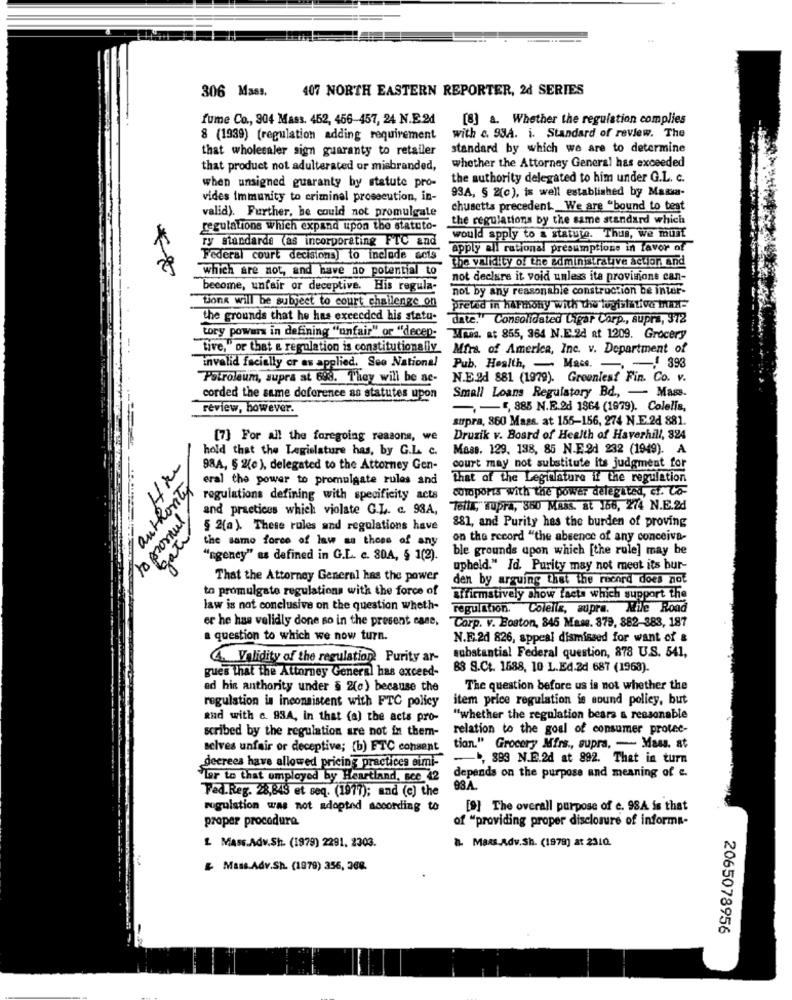
306 M383.
407 NORTH EASTERN REPORTER, 24 SERIES
fume Co ., 904 Mass. 452, 456-457, 24 N.E.2d
[8] a. Whether the regulation complies
8 (1939) (regulation adding requirement
with c. 93A. i. Standard of review. The
that wholesaler sign guaranty to retailer
standard by which we are to determine
whether the Attorney General has exceeded
that product not adulterated or misbranded,
when unsigned guaranty by statute pro-
the authority delegated to him under G.L. c.
vides immunity to criminal prosecution, in-
93A, § 2(c), is well established by Massa-
valid). Further, he could not promulgate
chusetts precedent. We are bound to beat
the regulations by the same standard which
regulations Which expand upon the statuto-
ry standards (as incorporating FTC and
would apply to a statute. Thus, we must
apply ail rational presumptione in favor of
Federal court decisions) to include acis
the validity of the administrative action And
which are not, and have no potential to
not declare it void unless ita provinione can-
become, unfair or deceptive. His regula-
nol by any reasonthie construction be inter-
Lions will be subject to court challenge on
pretad in harmony with the legislative max=
the grounds that he has exceeded his statu-
date." Consolidated Ligar Corp ., supra, 372
tory power in defining "unfair" or "decep-
Mais. at 855, 364 N.E.2d at 1209. Grocery
"five," or that & regulation is constitutionally. Mira. of America, Inc. v. Department of
invalid facially or as applied. Seo National
Pub. Health, - Mass. - - 398
Petroleum, supra at 668. They will be ac-
N.E.2d 881 (1979). Greeniesf Fin. Co. v.
corded the same doforence as statutes upon
Small Loans Regulatory Bd ., - Mass.
review, however.
-- ", 885 N.E.2d 1864 (1979). Colelis,
supra, 860 Mass. at 155-156, 274 N.E.2d 881.
[7] For all the foregoing reasons, we
Druzik v. Board of Health of Haverhill, 824
hold that the Legislature has, by G.L. c.
Mass. 129, 138, 85 N.E.91 232 (1949). A
98A, § 2(e ), delegated to the Attorney Gen-
court may not substitute its judgment for
eral the power to promulgate rules and
that of the Legislature if the regulation
authority
corporis with the power delegited, ci. Co-
regulations defining with specificity acts
and practices which violate G.L. c. 98A,
felix, supra, 360 Mass, at 166, 274 N.E.2d
§ 2(a). These rules and regulations have
881, and Purity hes the burden of proving
gate
the same force of law as those of any
on the record "the absence of any conceiva-
ble grounds apon which [the rule] may be
"ngeney" as defined in G.L. c. 30A, $ 1(2).
upheld." Id. Purity may not meet its bur-
That the Attorney General has the power
den by arguing that the record does not
to promulgate regulations with the force of
Affirmatively show facts which support the
law is not conclusive on the question wheth-
regulation. Coleliz, aupra. Mile Road
er he has velidly done so in the present case,
Corp. v. Boston, 845 Mame. 879, 882-383, 187
a question to which we now turn.
N.E.24 826, sppeal dismissed for want of &
substantial Federal question, 878 U.S. 541,
Validity of the regulation Purity ar-
gues that the Attorney General has exceed-
88 S.Ct. 1688, 10 L.Ed.2d 687 (1963).
ad hin anthority under § 2(0) because the
The question before us is not whether the
item price regulation is sound policy, but
regulation is inconsistent with FTC policy
and with c. 934, in that (a) the acts pro-
"whether the regulation beara a reasonable
scribed by the regulation are not in them-
relation to the goal of consumer prote-
selves unfair or deceptive; (b) ETC consent
tion." Grocery Mirs ., supra, - Mass. at
-1, 893 N.E.2d at 892. That in turn
decrees have allowed pricing practices oumi-
Tor to that employed by Heartland, sce 42
depends on the purpose and meaning of e.
Fed.Reg. 28,843 et seq. (1977); and (c) the
93A.
regulation was not adopted according to
[9] The overall purpose of c. 98A is that
proper procedura
of "providing proper disclosure of informa-
& Maxs.Adv.Sh. (1979) at 231Q.
L Mass.Adv.Sh. (1979) 2291. 2303.
& Mass.Adv.Sh. (1979) 356, 368.
2065078956